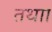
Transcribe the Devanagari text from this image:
तथाा